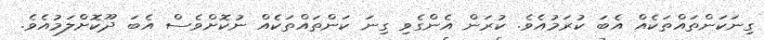
ގިނަކަންތައްތަކެއް އެބަ ކުރަމުއެވެ. ކުރަން އެންގެވި ގިނަ ކަންތައްތަކެއް ނުކޮށްވެސް އެބަ ދޫކޮށްލަމުއެވެ.